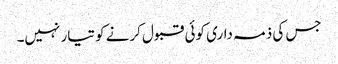
جس کی ذمہ داری کوئی قبول کرنے کو تیار نہیں۔